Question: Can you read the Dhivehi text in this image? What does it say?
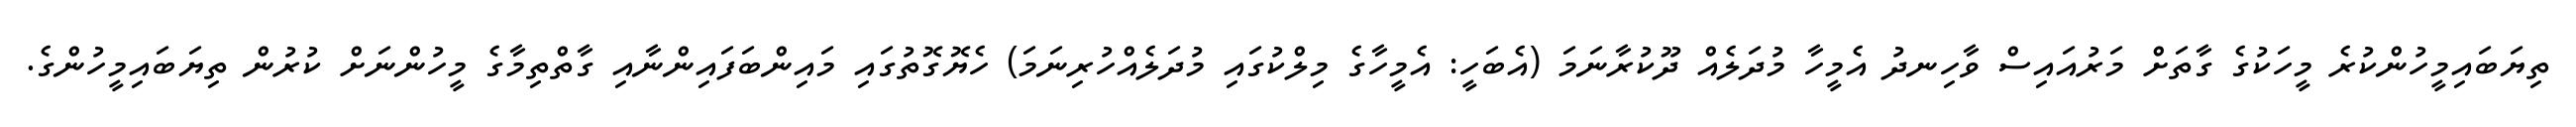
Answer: ތިޔަބައިމީހުންކުރެ މީހަކުގެ ގާތަށް މަރުއައިސް ވާހިނދު އެމީހާ މުދަލެއް ދޫކުރާނަމަ (އެބަހީ: އެމީހާގެ މިލްކުގައި މުދަލެއްހުރިނަމަ) ހެޔޮގޮތުގައި މައިންބަފައިންނާއި ގާތްތިމާގެ މީހުންނަށް ކުރުން ތިޔަބައިމީހުންގެ.